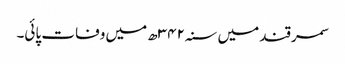
سمرقند میں سنہ۳۴۲ھ میں وفات پائی۔